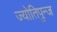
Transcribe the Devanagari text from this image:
ज्योतिपुन्ज